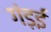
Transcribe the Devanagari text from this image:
गंड़ई